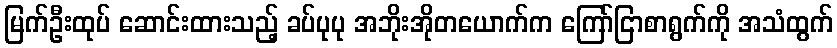
မြက်ဦးထုပ် ဆောင်းထားသည့် ခပ်ပုပု အဘိုးအိုတယောက်က ကြော်ငြာစာရွက်ကို အသံထွက်